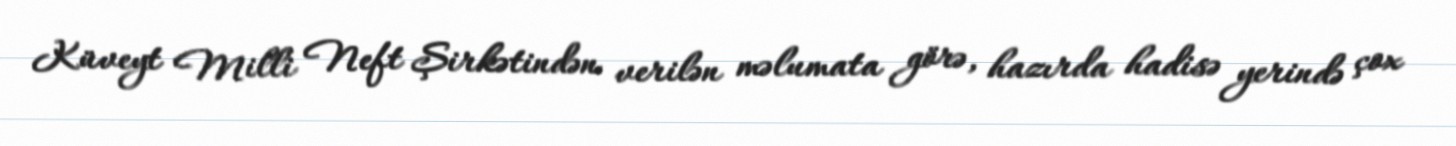
Küveyt Milli Neft Şirkətindən verilən məlumata görə, hazırda hadisə yerində çox